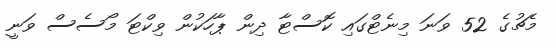
މެޗުގެ 52 ވަނަ މިނެޓްގައި ކޮސްޓާ ދިން ޕާހަކުން ވިކްޓަ މޯސެސް ވަނީ